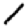
Digit: 1